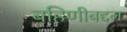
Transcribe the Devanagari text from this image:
बहिणीबद्दल